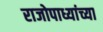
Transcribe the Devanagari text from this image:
राजोपाध्यांच्या